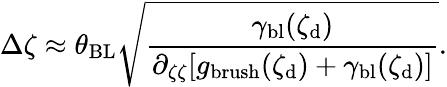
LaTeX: \Delta\zeta\approx\theta_{\mathrm{BL}}\sqrt{\frac{\gamma_{\mathrm{bl}}(\zeta_{\mathrm{d}})}{\partial_{\zeta\zeta}[g_{\mathrm{brush}}(\zeta_{\mathrm{d}})+\gamma_{\mathrm{bl}}(\zeta_{\mathrm{d}})]}}.